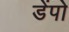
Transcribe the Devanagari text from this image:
डेंपो